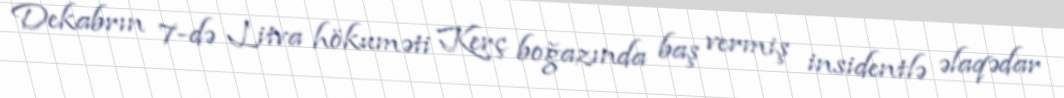
Dekabrın 7-də Litva hökuməti Kerç boğazında baş vermiş insidentlə əlaqədar